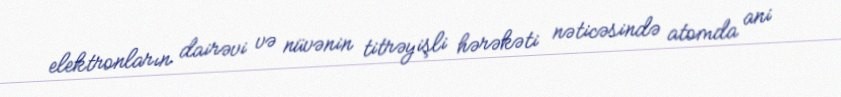
elektronların dairəvi və nüvənin titrəyişli hərəkəti nəticəsində atomda ani